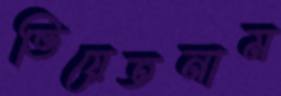
ভিয়েতনাম